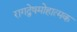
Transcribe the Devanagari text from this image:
रागद्वेषमोहात्मक